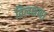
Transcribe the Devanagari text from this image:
विलक्षण।